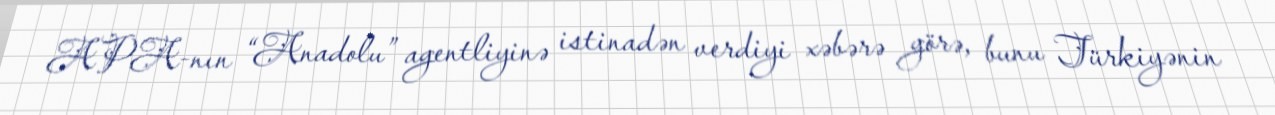
APA-nın “Anadolu” agentliyinə istinadən verdiyi xəbərə görə, bunu Türkiyənin